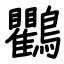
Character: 鸜